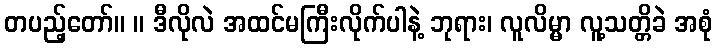
တပည့်တော်။ ။ ဒီလိုလဲ အထင်မကြီးလိုက်ပါနဲ့ ဘုရား၊ လူလိမ္မာ လူ့သတ္တိခဲ အစုံ